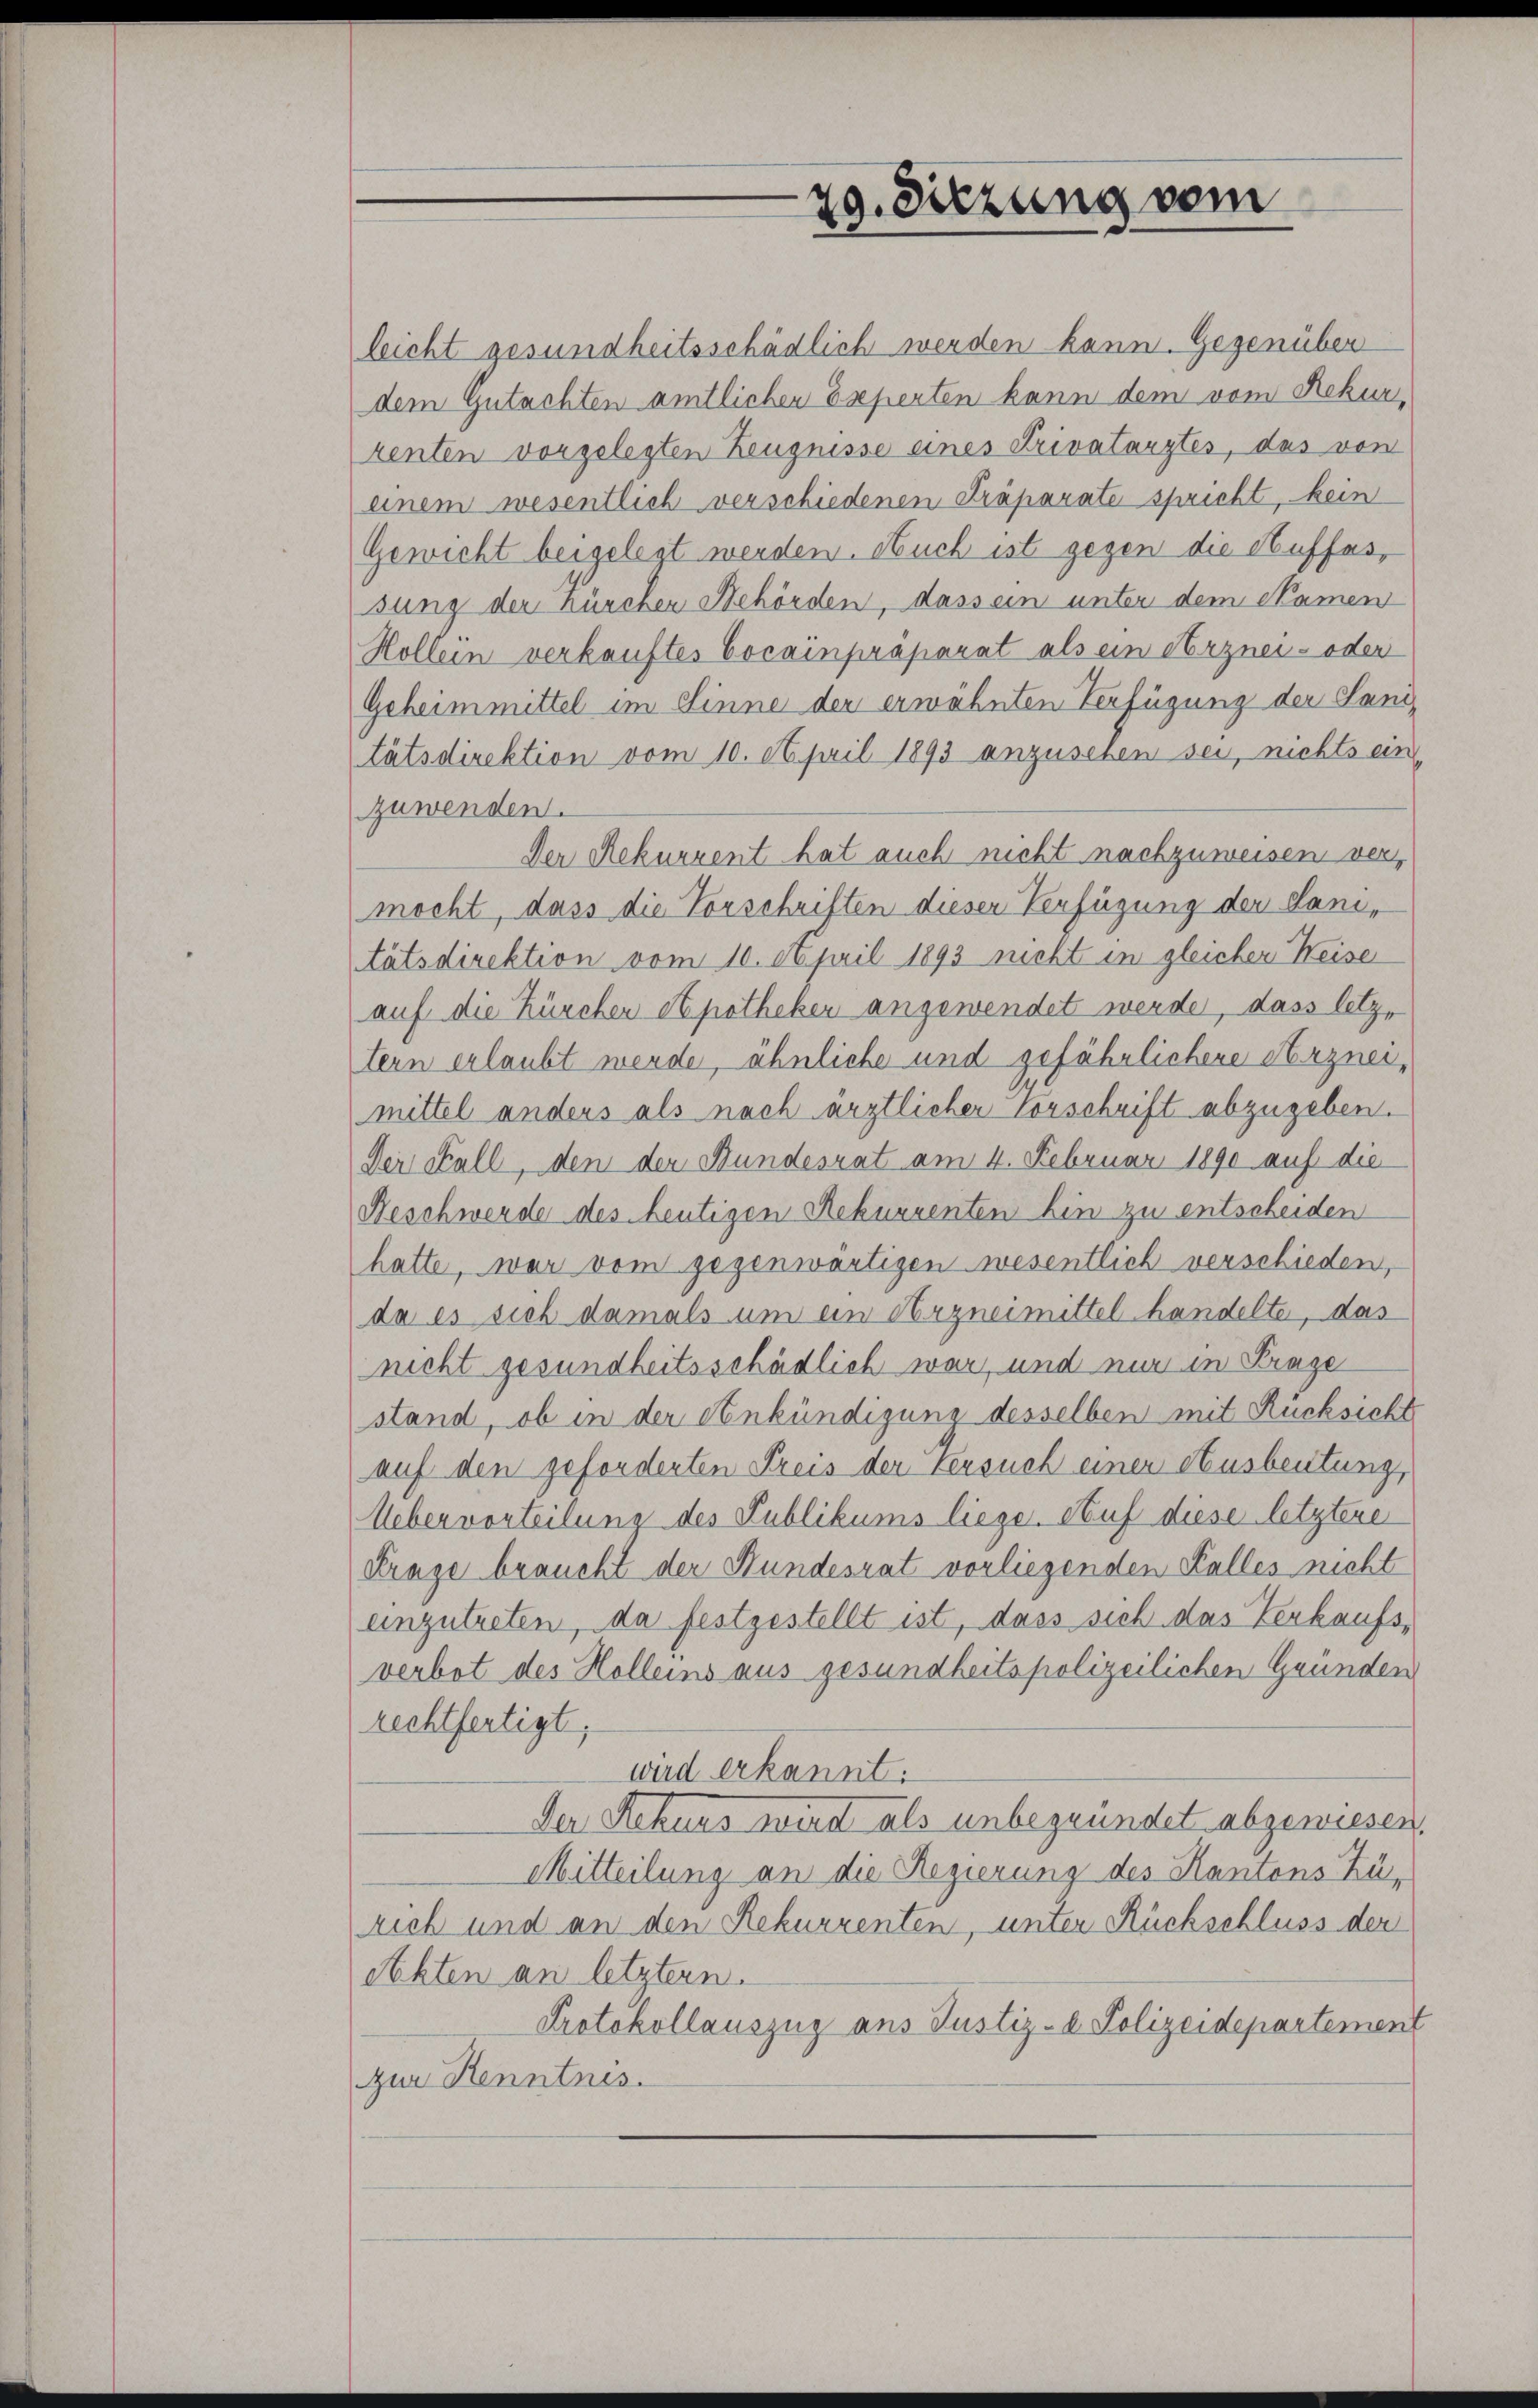
29. Sitzung vom

leicht gesundheitsschädlich werden kann. Gegenüber
dem Gutachten amtlichen Experten kann dem vom Rekur,
tenten vorgelegten Zeugnisse eines Privatarztes, das von
einem wesentlich verschiedenen Präparate spricht, kein
Gewicht beigelegt werden. Auch ist gegen die Auffassung der Kürcher Behörden, dass ein unter dem Namen
Hollein verkauftes Cocainpräparat als ein Arznei- oder
Geheimmittel im Sinne der erwähnten Verfügung der Sanitätsdirektion vom 10. April 1893 anzusehen sei, nichts ein
zuwenden.
Der Rekurrent hat auch nicht nachzuweisen vor,
mocht, dass die Vorschriften dieser Verfügung der Sanitätsdirektion vom 10. April 1893 nicht in gleicher Weise
auf die Zürchen Apotheken angewendet werde, dass letztern erlaubt werde, ähnliche und gefährlichere Arzneimittel anders als nach ärztlicher Vorschrift abzugeben.
Der Fall, den der Bundesrat am 4. Februar 1890 auf die
Beschwerde des heutigen Rekurrenten hin zu entscheiden
hatte, war vom gegenwärtigen wesentlich verschieden,
da es sich damals um ein Arzneimittel handelte, das
nicht gesundheitsschädlich war, und nur in Binge
stand, ob in der Einkündigung desselben mit Rücksicht
auf den geforderten Preis der Versuch einer Ausbeutung,
Uebervorteilung des Publikums liege. Auf diese letztere
Frage braucht der Hundesrat vorliegenden Falles nicht
einzutreten, da festgestellt ist, dass sich das Verkaufsverbot des Holleins aus gesundheitspolizeilichen Grunden
rechtfertigt,
wird erkannt.
Der Rekurs wird als unbegründet abgewiesen.
Mitteilung an die Regierung des Kantons Zürich und an den Rekurrenten, unter Rückschluss der
Akten an letztern.
Protokollauszug aus Justiz- & Polizeidepartement
zur Kenntnis.